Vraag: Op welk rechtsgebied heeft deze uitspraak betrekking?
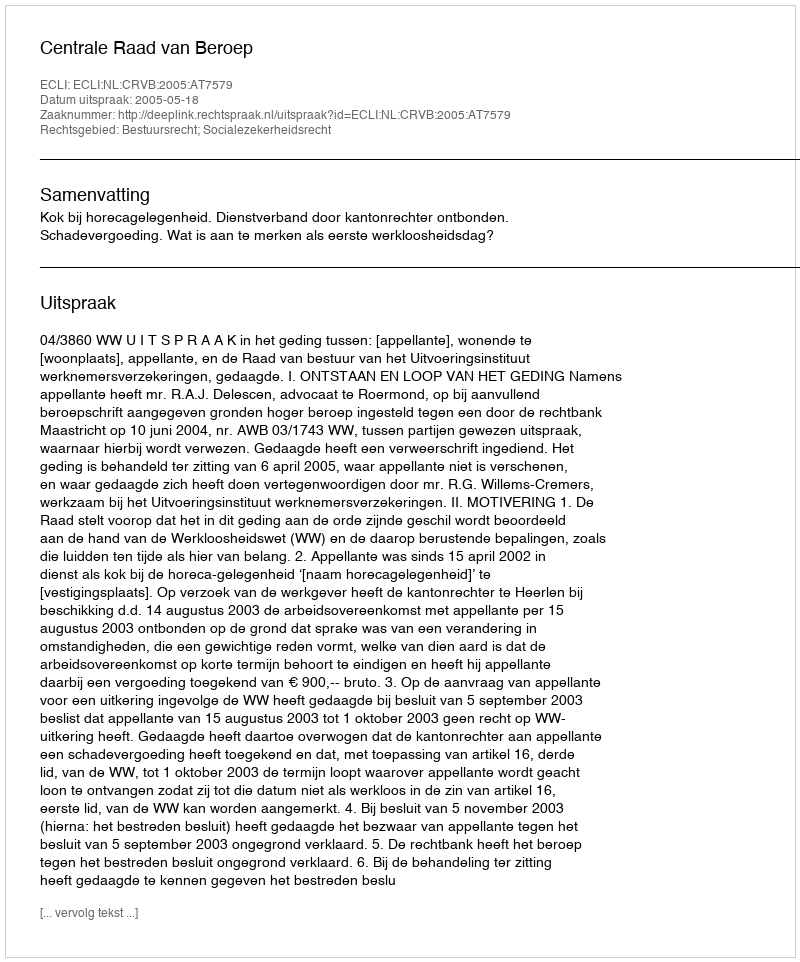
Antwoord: Bestuursrecht; Socialezekerheidsrecht